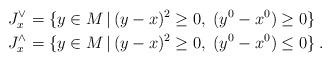
LaTeX: \begin{align*}J_x^\vee &= \{ y \in M \,|\, (y-x)^2 \geq 0,\;(y^0-x^0) \geq 0 \} \\J_x^\wedge &= \{ y \in M \,|\, (y-x)^2 \geq 0, \;(y^0-x^0) \leq 0 \} \:.\end{align*}